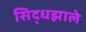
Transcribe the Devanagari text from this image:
सिद्धझाले